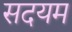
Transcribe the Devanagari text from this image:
सदयम